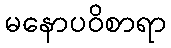
မနောပဝိစာရာ